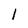
Character: 1